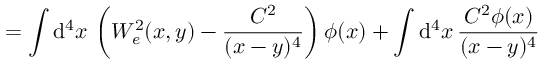
= \int \mathrm { d } ^ { 4 } x \, \left( W _ { e } ^ { 2 } ( x , y ) - \frac { C ^ { 2 } } { ( x - y ) ^ { 4 } } \right) \phi ( x ) + \int \mathrm { d } ^ { 4 } x \, \frac { C ^ { 2 } \phi ( x ) } { ( x - y ) ^ { 4 } }